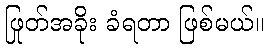
ဖြုတ်အခိုး ခံရတာ ဖြစ်မယ်။